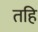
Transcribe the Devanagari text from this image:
तहि